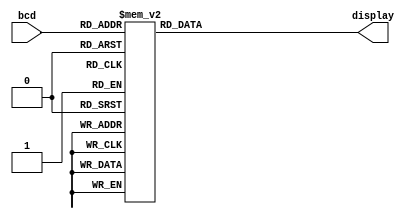
`timescale 1ns / 1ps
//////////////////////////////////////////////////////////////////////////////////
// Company: 
// Engineer: 
// 
// Design Name: 
// Module Name: ssd
// Project Name: 
// Target Devices: 
// Tool Versions: 
// Description: 
// 
// Dependencies: 
// 
// Revision:
// Revision 0.01 - File Created
// Additional Comments:
// 
//////////////////////////////////////////////////////////////////////////////////


`define BCD_BIT_WIDTH 4 // BCD bit width
`define SSD_BIT_WIDTH 8 // SSD display control bit width
`define SSD_ZERO `SSD_BIT_WIDTH'b0000001_1 // 0
`define SSD_ONE `SSD_BIT_WIDTH'b1001111_1 // 1
`define SSD_TWO `SSD_BIT_WIDTH'b0010010_1 // 2
`define SSD_THREE `SSD_BIT_WIDTH'b000110_1 // 3
`define SSD_FOUR `SSD_BIT_WIDTH'b1001100_1 // 4
`define SSD_FIVE `SSD_BIT_WIDTH'b0100100_1 // 5
`define SSD_SIX `SSD_BIT_WIDTH'b0100000_1 // 6
`define SSD_SEVEN `SSD_BIT_WIDTH'b0001111_1 // 7
`define SSD_EIGHT `SSD_BIT_WIDTH'b0000000_1 // 8
`define SSD_NINE `SSD_BIT_WIDTH'b0001100_1 // 9
`define SSD_DEF `SSD_BIT_WIDTH'b0000000_0 // default

module ssd(
display, // SSD display output
bcd // BCD input
);
output [0:`SSD_BIT_WIDTH-1] display; // SSD display output
input [`BCD_BIT_WIDTH-1:0] bcd; // BCD input
reg [0:`SSD_BIT_WIDTH-1] display; // SSD display output (in always)
// Combinational logics: 
always @(bcd)
case (bcd)
`BCD_BIT_WIDTH'd0: display = `SSD_ZERO;
`BCD_BIT_WIDTH'd1: display = `SSD_ONE;
`BCD_BIT_WIDTH'd2: display = `SSD_TWO;
`BCD_BIT_WIDTH'd3: display = `SSD_THREE;
`BCD_BIT_WIDTH'd4: display = `SSD_FOUR;
`BCD_BIT_WIDTH'd5: display = `SSD_FIVE;
`BCD_BIT_WIDTH'd6: display = `SSD_SIX;
`BCD_BIT_WIDTH'd7: display = `SSD_SEVEN;
`BCD_BIT_WIDTH'd8: display = `SSD_EIGHT;
`BCD_BIT_WIDTH'd9: display = `SSD_NINE;
default: display = `SSD_DEF;
endcase
endmodule